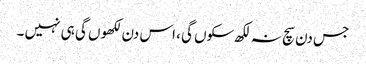
جس دن سچ نہ لکھ سکوں گی ، اس دن لکھوں گی ہی نہیں ۔